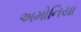
અમોનિયા